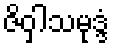
ဇိဝှါသမုဒ္ဒံ